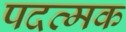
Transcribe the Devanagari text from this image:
पदत्मक